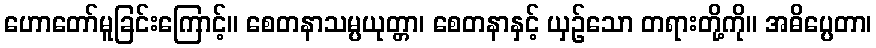
ဟောတော်မူခြင်းကြောင့်။ စေတနာသမ္ပယုတ္တာ၊ စေတနာနှင့် ယှဉ်သော တရားတို့ကို။ အဓိပ္ပေတာ၊